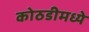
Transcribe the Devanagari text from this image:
कोठडीमध्ये